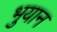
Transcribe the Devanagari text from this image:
भुयान